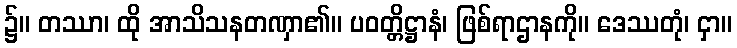
၌။ တဿာ၊ ထို အာသိသနတဏှာ၏။ ပဝတ္တိဋ္ဌာနံ၊ ဖြစ်ရာဌာနကို။ ဒေဿတုံ၊ ငှာ။